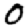
Digit: 0